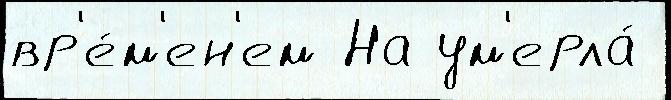
вр'е́м'ен'ем На ум'ерла́